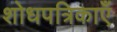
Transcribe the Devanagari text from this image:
शोधपत्रिकाएँ